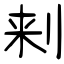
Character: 刾